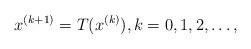
LaTeX: \begin{align*} x^{(k + 1)} = T(x^{(k)}), k = 0,1,2,\ldots,\end{align*}